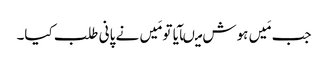
جب مَیں ہوش میںآیا تو مَیں نے پانی طلب کیا۔